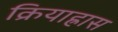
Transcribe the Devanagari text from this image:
क्रियाह्रास